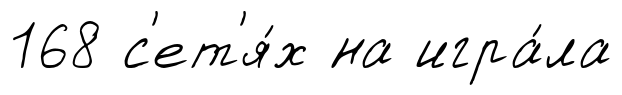
168 с'ет'я́х на игра́ла